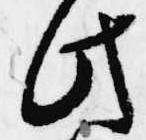
此